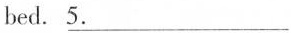
bed.\underline{5.}